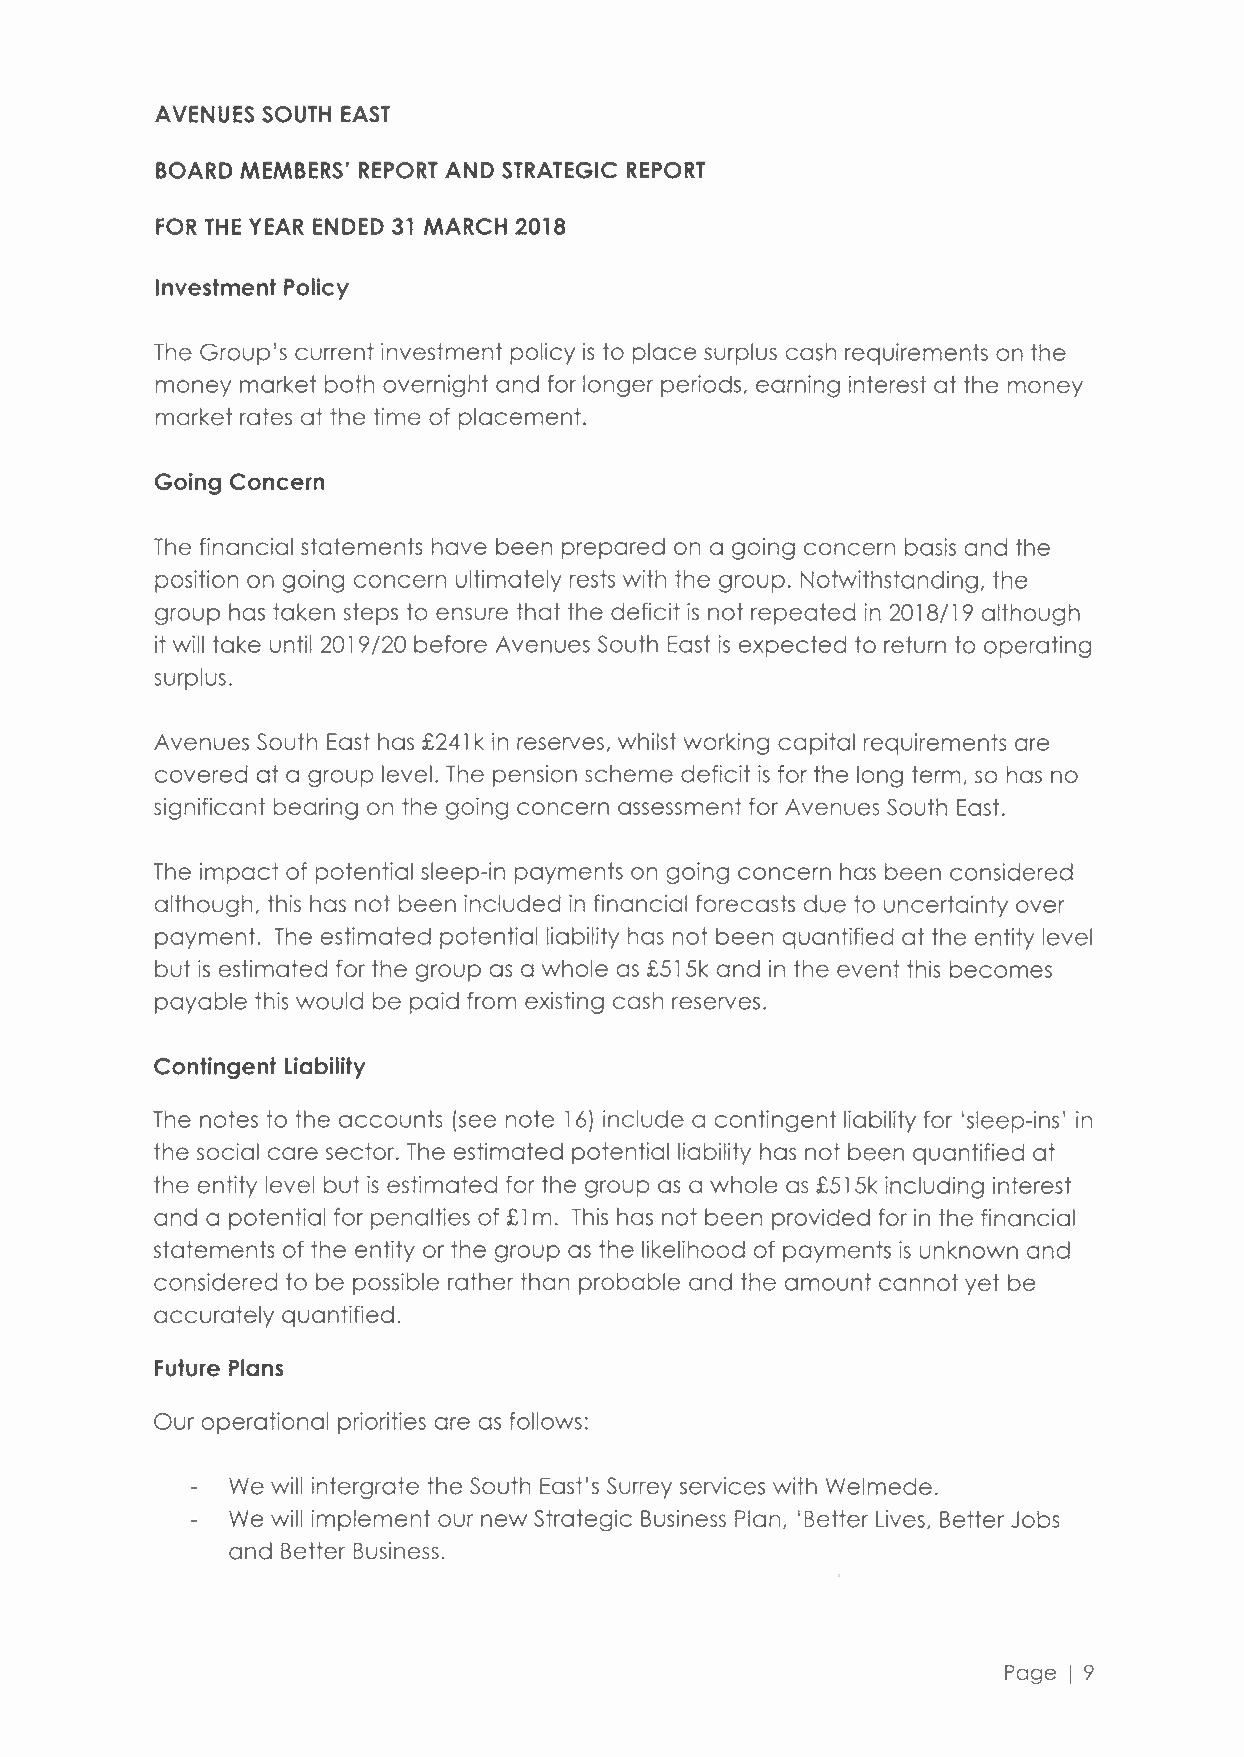
AVENUES SOUTH EAST
 BOARD MEMBERS' REPORT AND STRATEGIC REPORT
 FOR THE YEAR ENDED 31 MARCH 2018
 Investment Policy
 The Group's current investment policy is to place surplus cash requirements on the
 money market both overnight and for longer periods, earning interest at the money
 market rates at the time of placement.
 Going Concern
 The financial statements have been prepared on a going concern basis and the
 position on going concern ultimately rests with the group. Notwithstanding, the
 group has taken steps to ensure that the deficit is not repeated in 2018/19 although
 it will take until 2019/20 before Avenues South East is expected to return to operating
 surplus.
 Avenues South East has £241 k in reserves, whilst working capital requirements are
 covered at a group level. The pension scheme deficit is for the long term, so has no
 significant bearing on the going concern assessment for Avenues South East.
 The impact of potential sleep-in payments on going concern has been considered
 although, this has not been included in financial forecasts due to uncertainty over
 payment. The estimated potential liability has not been quantified at the entity level
 but is estimated for the group as a whole as £515k and in the event this becomes
 payable this would be paid from existing cash reserves.
 Contingent Liability
 The notes to the accounts (see note 16) include a contingent liability for 'sleep-ins' in
 the social care sector. The estimated potential liability has not been quantified at
 the entity level but is estimated for the group as a whole as £515k including interest
 and a potential for penalties of £ 1 m. This has not been provided for in the financial
 statements of the entity or the group as the likelihood of payments is unknown and
 considered to be possible rather than probable and the amount cannot yet be
 accurately quantified.
 Future Plans
 Our operational priorities are as follows:
 We will intergrate the South East's Surrey services with Welmede.
 We will implement our new Strategic Business Plan, 'Better Lives, Better Jobs
 and Better Business.
 Page I 9